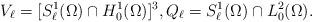
LaTeX: \begin{align*}V_\ell = [S^1_\ell(\Omega) \cap H^1_0(\Omega)]^3, Q_\ell = S^1_\ell(\Omega) \cap L^2_0(\Omega).\end{align*}